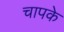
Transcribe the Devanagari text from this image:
चापके